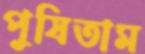
পুষিতাম